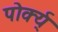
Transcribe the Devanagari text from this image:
पोर्क्य्